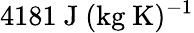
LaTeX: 4181~\mathrm{J~(kg~K)^{-1}}